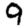
Digit: 9